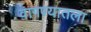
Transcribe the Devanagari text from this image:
वागण्यातला